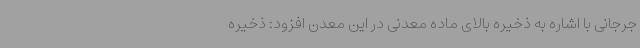
جرجانی با اشاره به ذخیره بالای ماده معدنی در این معدن افزود: ذخیره